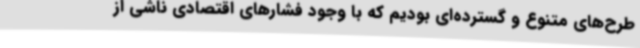
طرح‌های متنوع و گسترده‌ای بودیم که با وجود فشارهای اقتصادی ناشی از